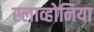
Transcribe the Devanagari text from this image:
स्लाव्होनिया